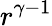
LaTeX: r^{\gamma-1}